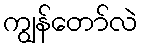
ကျွန်တော်လဲ